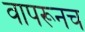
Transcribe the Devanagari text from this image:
वापरूनच